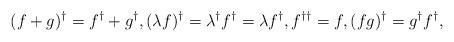
LaTeX: \begin{align*}(f+g)^\dagger=f^\dagger + g^\dagger, (\lambda f)^\dagger = \lambda^\dagger f^\dagger = \lambda f^\dagger, f^{\dagger \dagger}=f, (fg)^\dagger = g^\dagger f^\dagger,\end{align*}